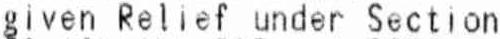
GIVEN RELIEF UNDER SECTION